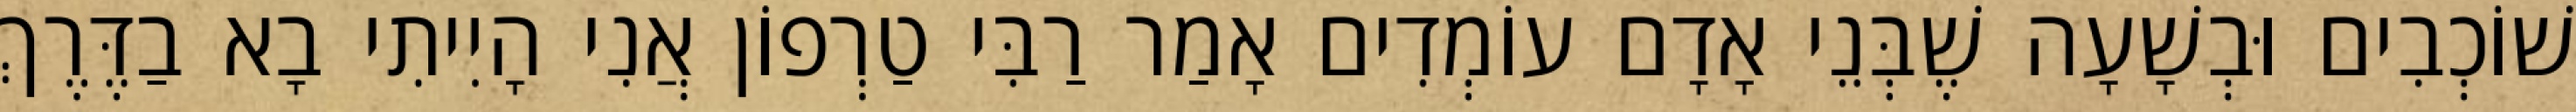
שׁוֹכְבִים וּבְשָׁעָה שֶׁבְּנֵי אָדָם עוֹמְדִים אָמַר רַבִּי טַרְפוֹן אֲנִי הָיִיתִי בָא בַדֶּרֶךְ